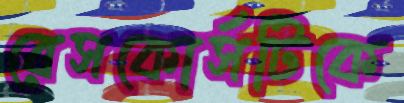
রেসকোর্সটিকে